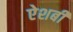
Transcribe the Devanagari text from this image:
ऐशबी